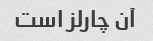
آن چارلز است